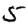
Digit: 5